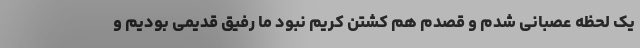
یک لحظه عصبانی شدم و قصدم هم کشتن کریم نبود ما رفیق قدیمی بودیم و